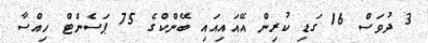
3 ދުވަސް 16 ގަޑި ކުރިން އޭއައިއައި ބޭންކްގެ 75 ޕަސެންޓް ހިއްސާ